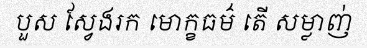
បួស ស្វែងរក មោក្ខធម៌ តើ សម្លាញ់